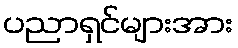
ပညာရှင်များအား